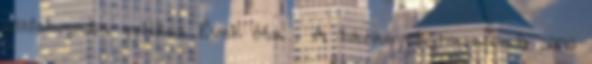
pszichopata gyilkos. Évek óta . A bárányok harapnak 2006